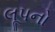
લૂપનો